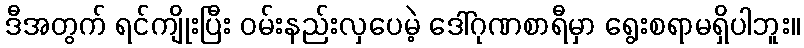
ဒီအတွက် ရင်ကျိုးပြီး ဝမ်းနည်းလှပေမဲ့ ဒေါ်ဂုဏစာရီမှာ ရွေးစရာမရှိပါဘူး။